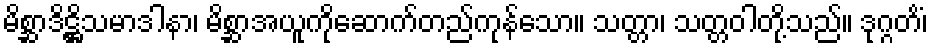
မိစ္ဆာဒိဋ္ဌိသမာဒါနာ၊ မိစ္ဆာအယူကိုဆောက်တည်ကုန်သော။ သတ္တာ၊ သတ္တဝါတို့သည်။ ဒုဂ္ဂတိံ၊